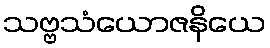
သဗ္ဗသံယောဇနိယေ